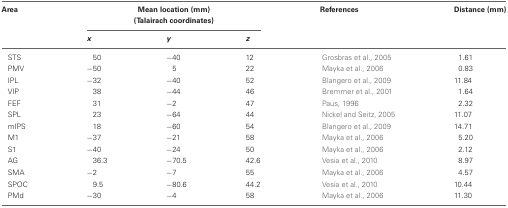
<table><thead><tr><td><b>Area</b></td><td colspan="3"><b>Mean location (mm) (Talairach coordinates)</b></td><td><b>References</b></td><td><b>Distance (mm)</b></td></tr><tr><td></td><td><b><i>x</i></b></td><td><b><i>y</i></b></td><td><b><i>z</i></b></td><td></td><td></td></tr></thead><tbody><tr><td>STS</td><td>50</td><td>−40</td><td>12</td><td>Grosbras et al., 2005</td><td>1.61</td></tr><tr><td>PMV</td><td>−50</td><td>5</td><td>22</td><td>Mayka et al., 2006</td><td>0.83</td></tr><tr><td>IPL</td><td>−32</td><td>−40</td><td>52</td><td>Blangero et al., 2009</td><td>11.84</td></tr><tr><td>VIP</td><td>38</td><td>−44</td><td>46</td><td>Bremmer et al., 2001</td><td>1.64</td></tr><tr><td>FEF</td><td>31</td><td>−2</td><td>47</td><td>Paus, 1996</td><td>2.32</td></tr><tr><td>SPL</td><td>23</td><td>−64</td><td>44</td><td>Nickel and Seitz, 2005</td><td>11.07</td></tr><tr><td>mIPS</td><td>18</td><td>−60</td><td>54</td><td>Blangero et al., 2009</td><td>14.71</td></tr><tr><td>M1</td><td>−37</td><td>−21</td><td>58</td><td>Mayka et al., 2006</td><td>5.20</td></tr><tr><td>S1</td><td>−40</td><td>−24</td><td>50</td><td>Mayka et al., 2006</td><td>2.12</td></tr><tr><td>AG</td><td>36.3</td><td>−70.5</td><td>42.6</td><td>Vesia et al., 2010</td><td>8.97</td></tr><tr><td>SMA</td><td>−2</td><td>−7</td><td>55</td><td>Mayka et al., 2006</td><td>4.57</td></tr><tr><td>SPOC</td><td>9.5</td><td>−80.6</td><td>44.2</td><td>Vesia et al., 2010</td><td>10.44</td></tr><tr><td>PMd</td><td>−30</td><td>−4</td><td>58</td><td>Mayka et al., 2006</td><td>11.30</td></tr></tbody></table>